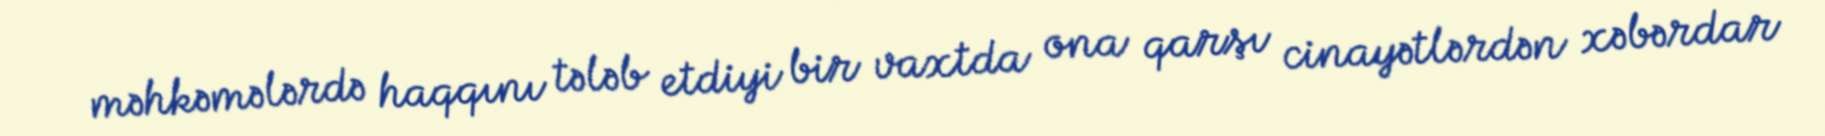
məhkəmələrdə haqqını tələb etdiyi bir vaxtda ona qarşı cinayətlərdən xəbərdar